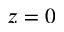
z = 0